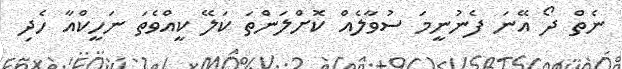
ނެތް ދޯ އޭނަ ފެނުނީމަ ސުވާލެއް ކޮށްލަންތަ ކަލޭ ކީއްވެތަ ނަހީކްއާ ހެދި